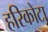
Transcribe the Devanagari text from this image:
हरिकोटा